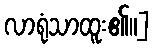
လာရုံသာထူး၏။]